65_HS1-834228961_62-HQ-83894_Section_1
Agency: FBI
Page 148
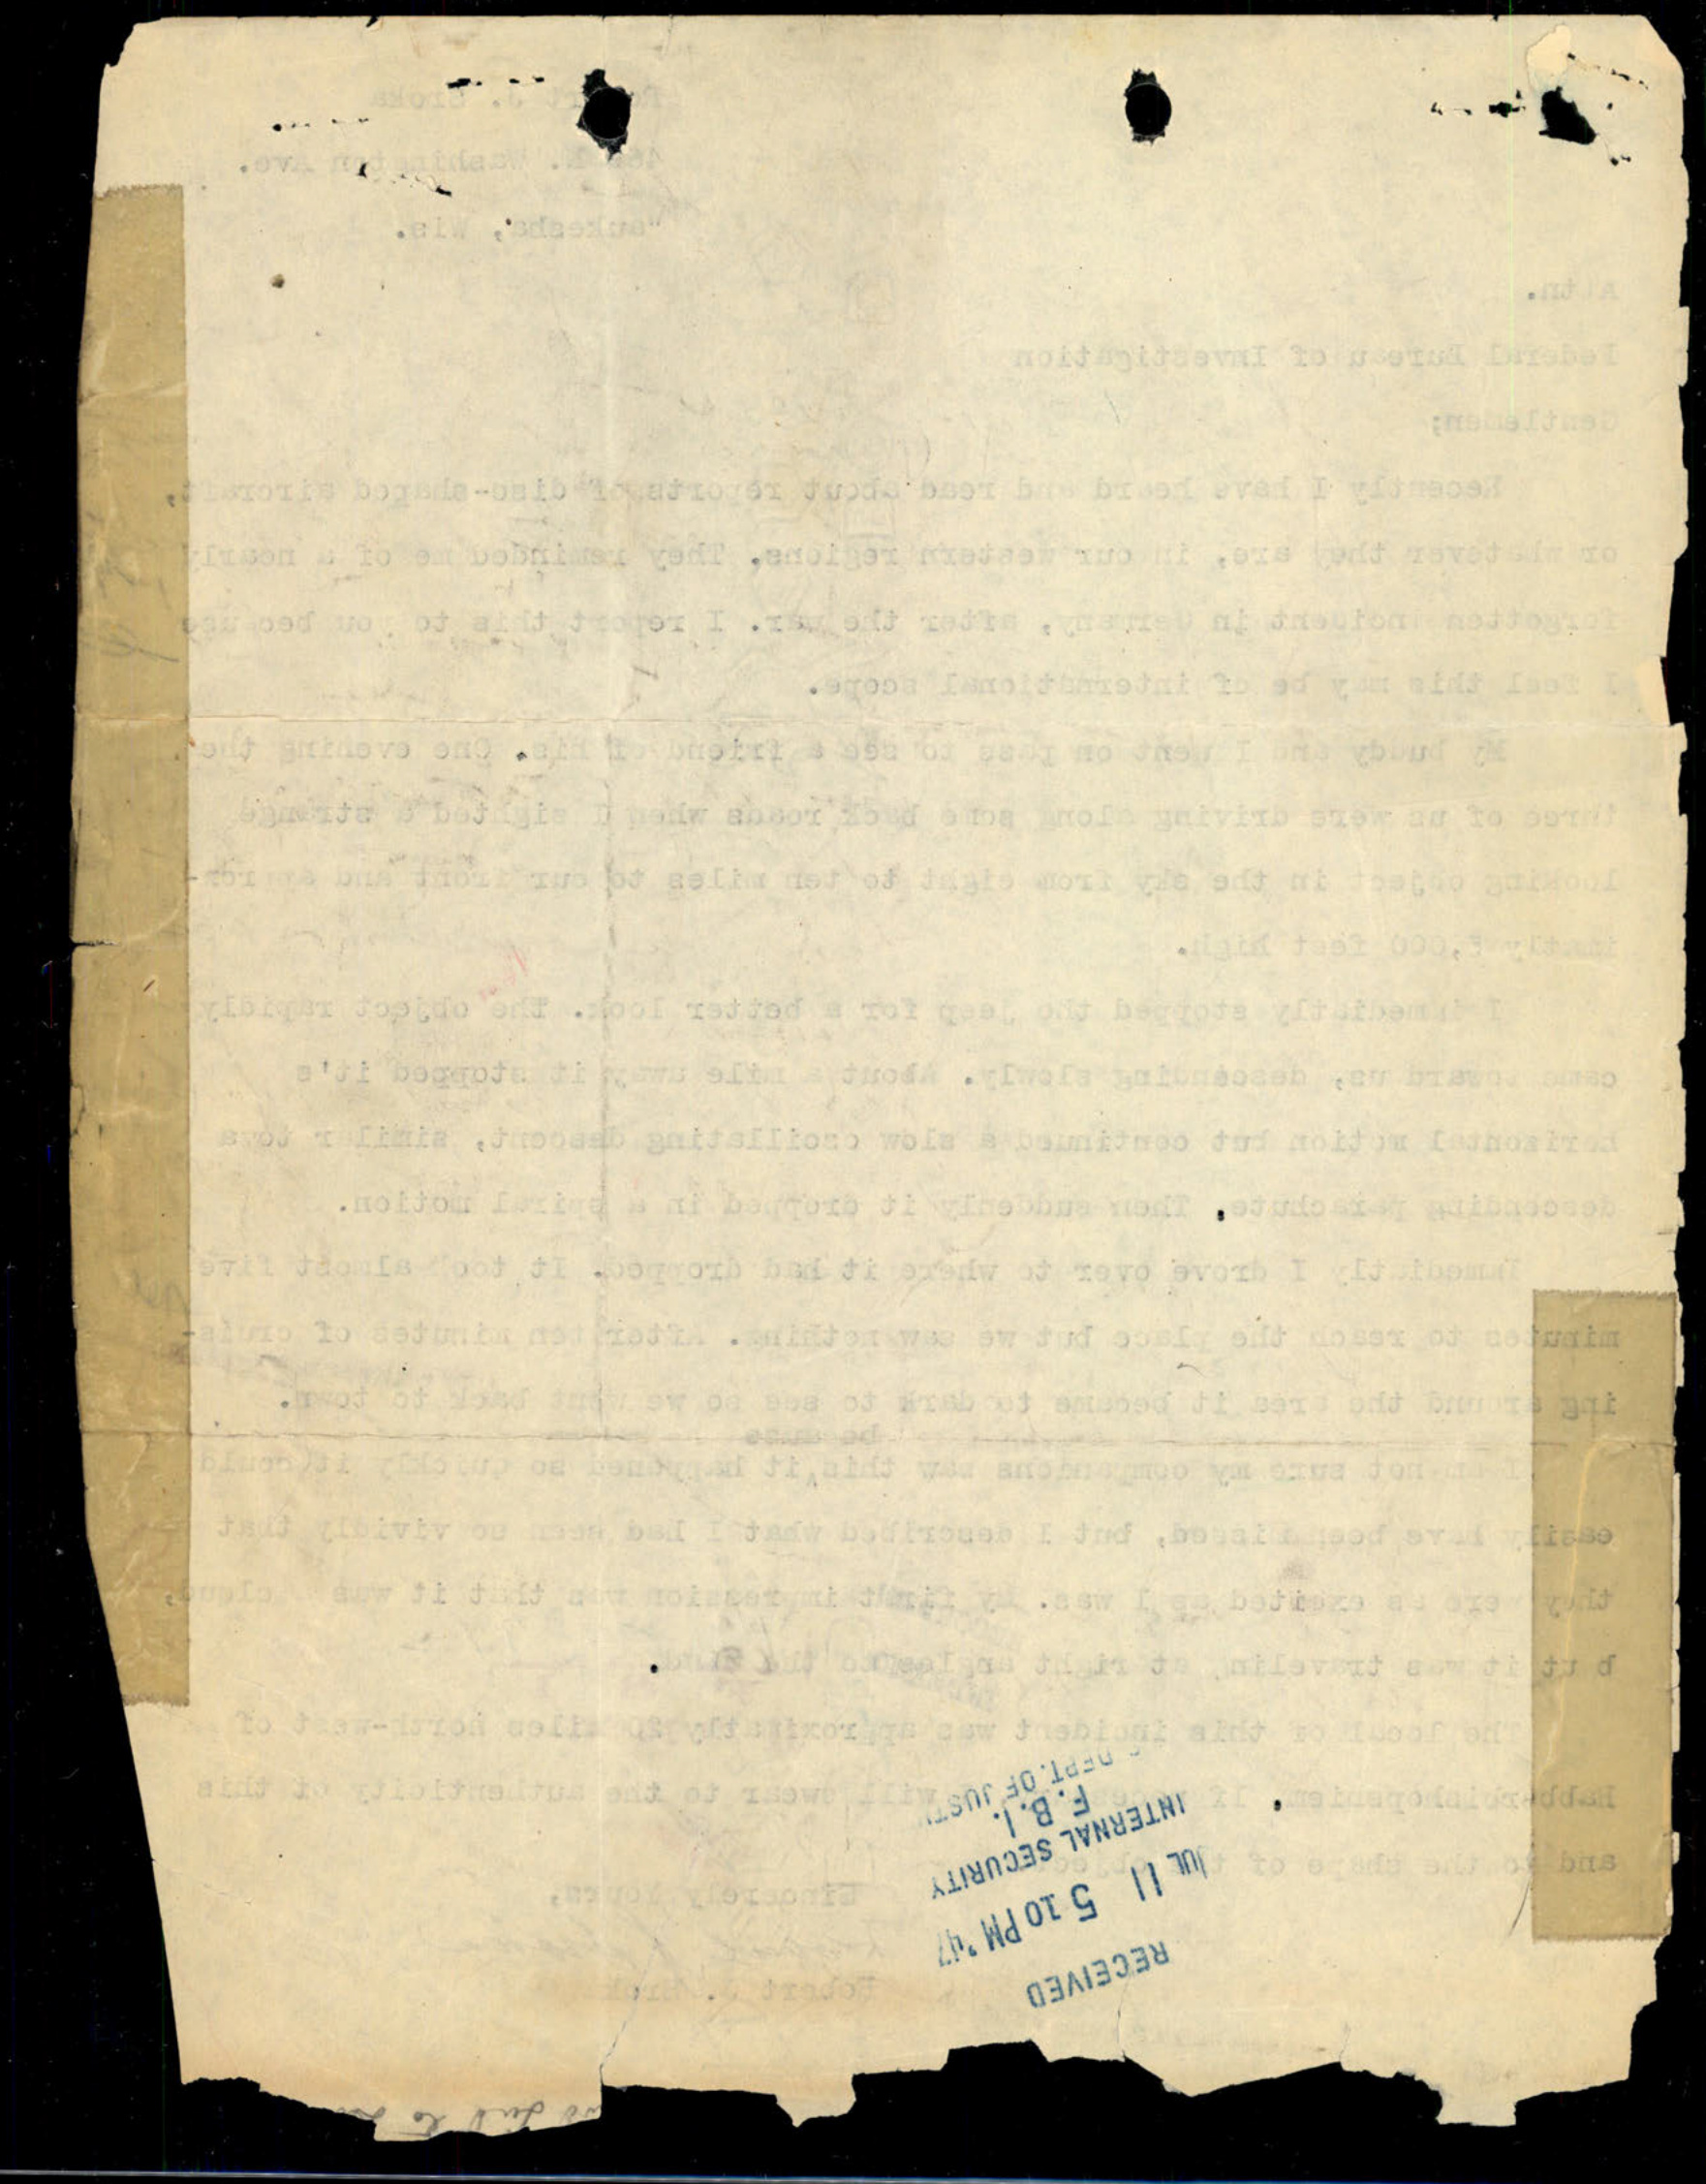